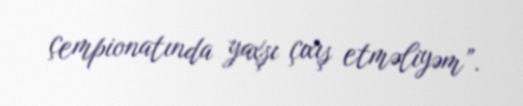
çempionatında yaxşı çıxış etməliyəm”.